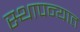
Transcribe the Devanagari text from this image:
स्थापन्यात